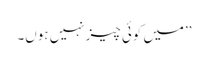
’’میں کوئی چیز نہیں ہوں۔